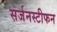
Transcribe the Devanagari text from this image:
सर्जनस्टीफन